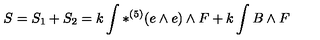
S = S _ { 1 } + S _ { 2 } = k \int \ast ^ { ( 5 ) } ( e \wedge e ) \wedge F + k \int { B \wedge F }